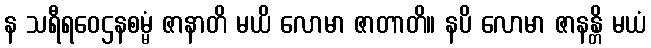
န သရီရဝေဌနစမ္မံ ဇာနာတိ မယိ လောမာ ဇာတာတိ။ နပိ လောမာ ဇာနန္တိ မယံ